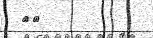
٦١